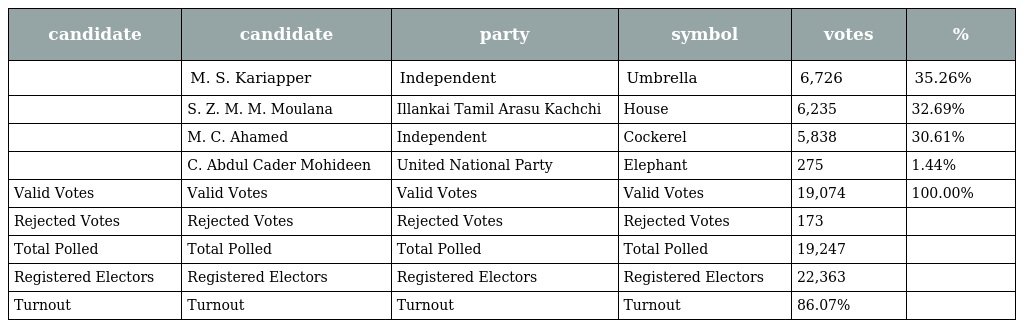
| candidate | candidate | party | symbol | votes | % |
 | --- | --- | --- | --- | --- | --- |
 |  | M. S. Kariapper | Independent | Umbrella | 6,726 | 35.26% |
 |  | S. Z. M. M. Moulana | Illankai Tamil Arasu Kachchi | House | 6,235 | 32.69% |
 |  | M. C. Ahamed | Independent | Cockerel | 5,838 | 30.61% |
 |  | C. Abdul Cader Mohideen | United National Party | Elephant | 275 | 1.44% |
 | Valid Votes | Valid Votes | Valid Votes | Valid Votes | 19,074 | 100.00% |
 | Rejected Votes | Rejected Votes | Rejected Votes | Rejected Votes | 173 |  |
 | Total Polled | Total Polled | Total Polled | Total Polled | 19,247 |  |
 | Registered Electors | Registered Electors | Registered Electors | Registered Electors | 22,363 |  |
 | Turnout | Turnout | Turnout | Turnout | 86.07% |  |